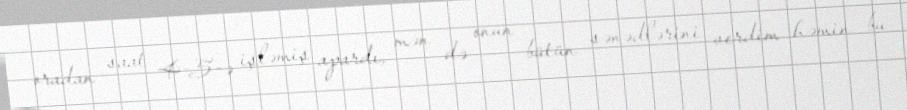
oradan saat 4-5-ə işləmiş apardı, mən də onun bütün sənədlərini verdim həmin bu